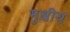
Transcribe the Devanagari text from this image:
मुक्षीय